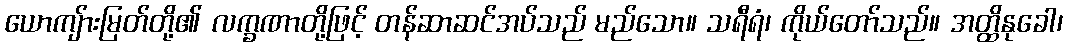
ယောကျ်ားမြတ်တို့၏ လက္ခဏာတို့ဖြင့် တန်ဆာဆင်အပ်သည် မည်သော။ သရီရံ၊ ကိုယ်တော်သည်။ အတ္ထိနုခေါ၊